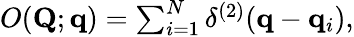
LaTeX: \begin{array}{r}{O(\mathbf{Q};\mathbf{q})=\sum_{i=1}^{N}\delta^{(2)}(\mathbf{q}-\mathbf{q}_{i}),}\end{array}